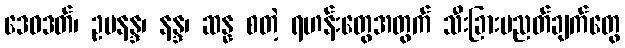
ဒေဝဒတ်၊ ဥပနန္ဒ၊ နန္ဒ၊ ဆန္န စတဲ့ ရဟန်းတွေအတွက် သီးခြားပညတ်ချက်တွေ